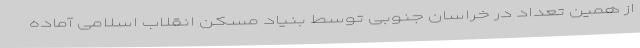
از همین تعداد در خراسان جنوبی توسط بنیاد مسکن انقلاب اسلامی آماده